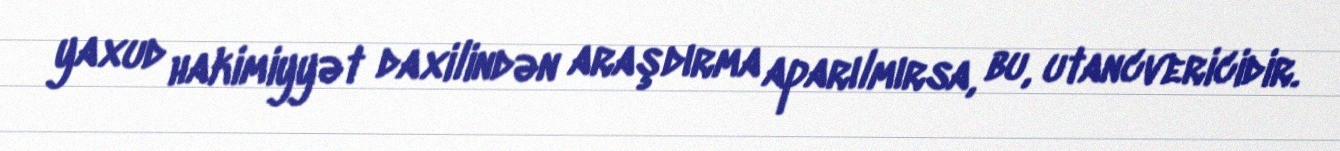
yaxud hakimiyyət daxilindən araşdırma aparılmırsa, bu, utancvericidir.